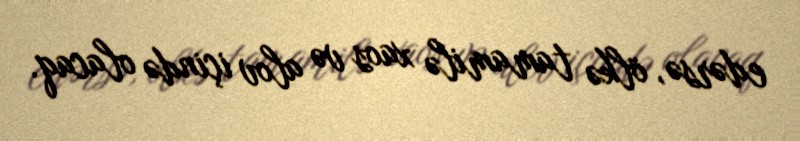
edərsə, ölkə tamamilə xaos və alov içində olacaq.